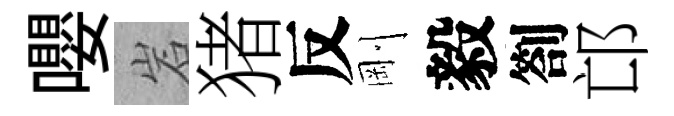
嚶岩猪反剛毅劄邙